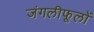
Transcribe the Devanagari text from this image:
जंगलीफूलों